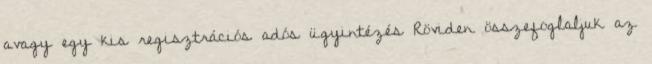
avagy egy kis regisztrációs adós ügyintézés Röviden összefoglaljuk az